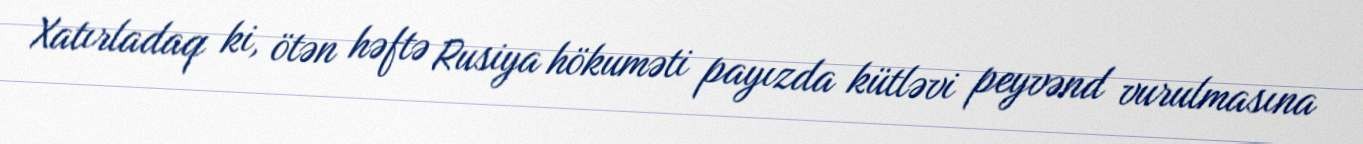
Xatırladaq ki, ötən həftə Rusiya hökuməti payızda kütləvi peyvənd vurulmasına